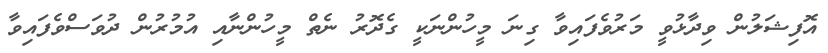
އޮފިޝަލުން ވިދާޅުވީ މަރުވެފައިވާ ގިނަ މީހުންނަކީ ގެދޮރު ނެތް މީހުންނާއި އުމުރުން ދުވަސްވެފައިވާ